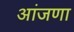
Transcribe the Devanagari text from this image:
आंजणा